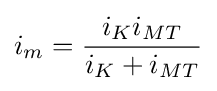
i_{m}={i_{K}i_{MT} \over i_{K}+i_{MT}}